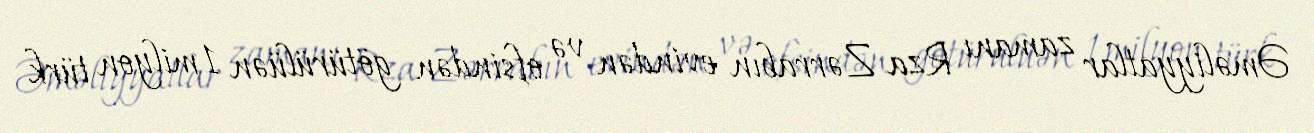
Əməliyyatlar zamanı Rza Zərrabın evindən və ofsindən götürülüən 1 milyon türk